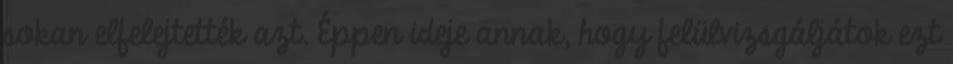
sokan elfelejtették azt. Éppen ideje annak, hogy felülvizsgáljátok ezt